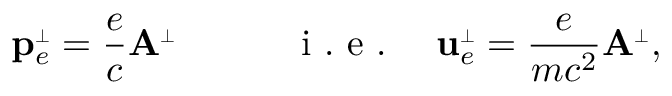
{ \bf p } _ { e } ^ { { \scriptscriptstyle \perp } } = \frac e c { \bf A } ^ { \scriptscriptstyle \perp } \qquad \quad \mathrm { ~ i ~ . ~ e ~ . ~ } \quad { \bf u } _ { e } ^ { \scriptscriptstyle \perp } = \frac e { m c ^ { 2 } } { \bf A } ^ { \scriptscriptstyle \perp } ,